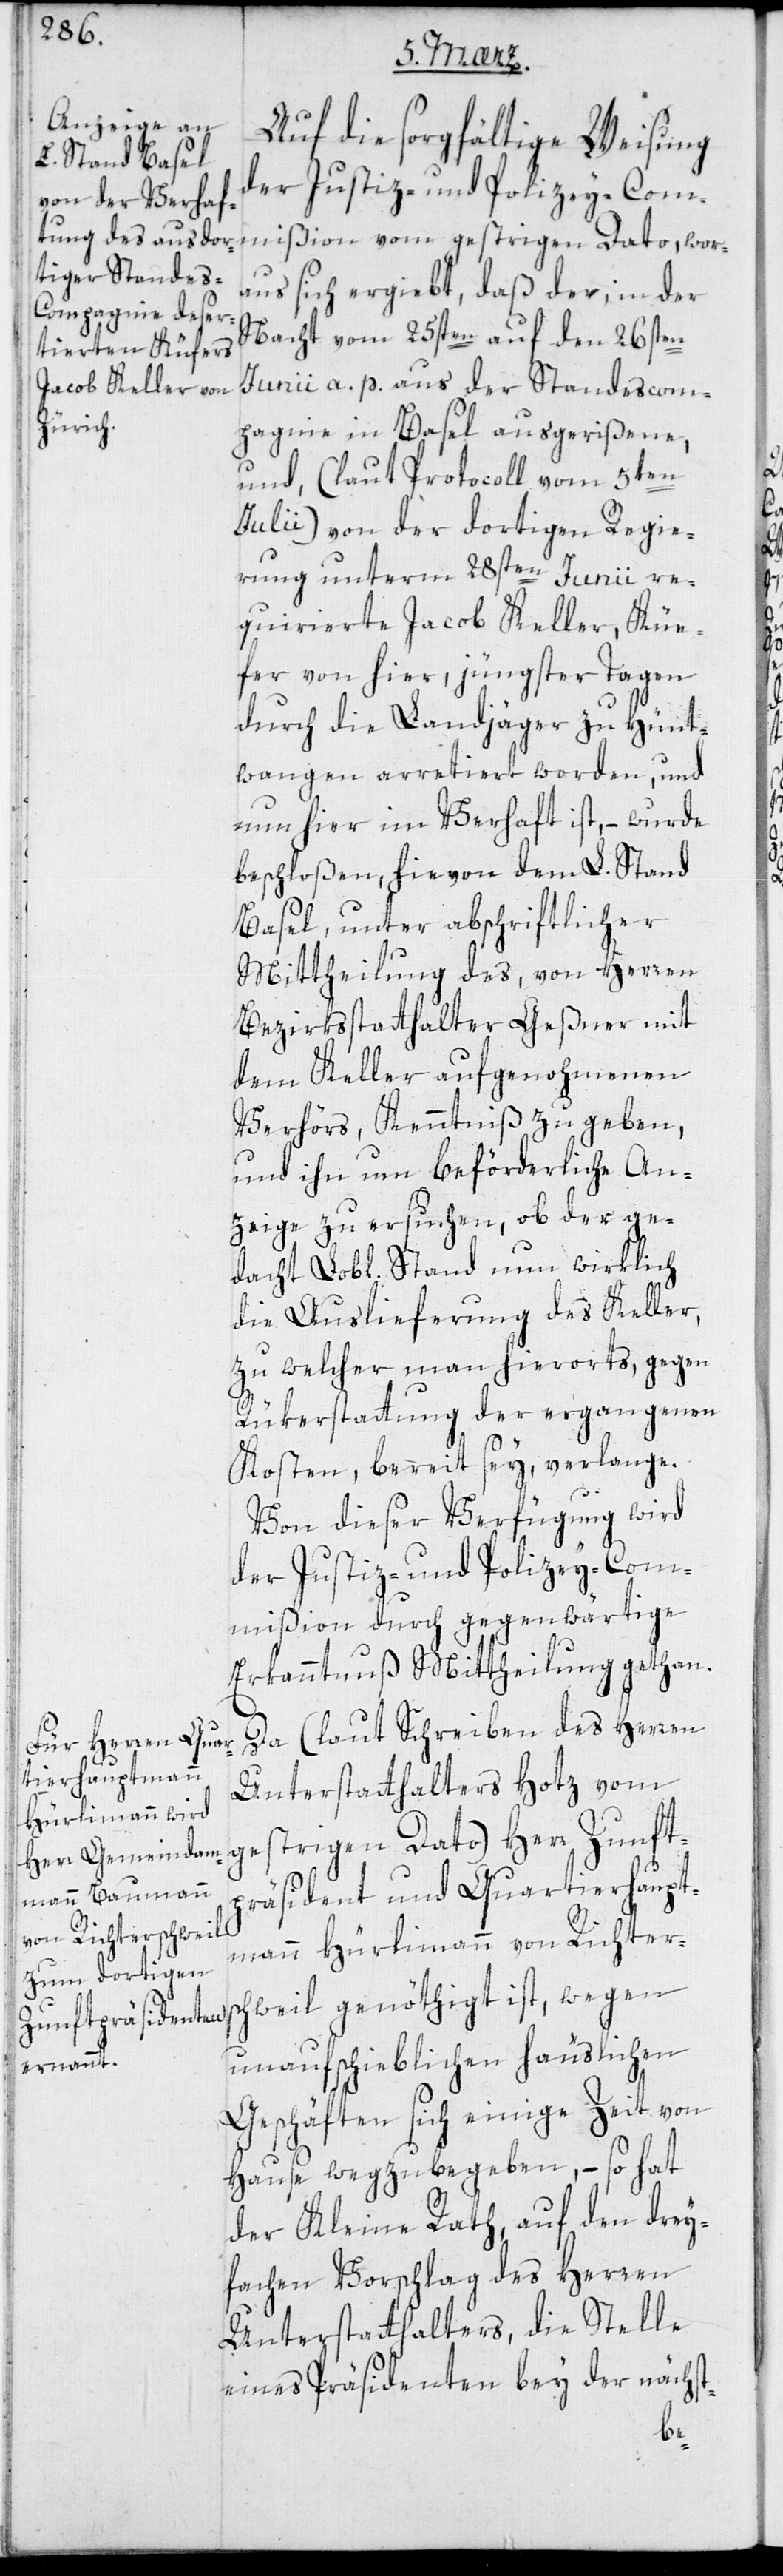
Auf die sorgfältige Weisung
der Justiz- und Polizey-Com¬
mißion vom gestrigen Dato, wor¬
aus sich ergiebt, daß der in der
Nacht vom 25sten auf den 26sten
Junii a. p. aus der Standescom¬
pagnie in Basel ausgerißene,
und (laut Protocoll vom 5ten
Julii) von der dortigen Regie¬
rung unterm 28sten Junii re¬
quirierte Jacob Keller, Küe¬
fer von hier, jüngster Tagen
durch die Landjäger zu Hünt¬
wangen arretiert worden, und
nun hier im Verhaft ist, – wurde
beschloßen, hievon dem L. Stand
Basel, unter abschriftlicher
Mittheilung des, von Herren
Bezirksstatthalter Geßner mit
dem Keller aufgenohmenen
Verhörs, Kenntniß zu geben,
und ihn um beförderliche An¬
zeige zu ersuchen, ob der ge¬
dacht Lob[liche] Stand nun wirklich
die Auslieferung des Keller,
zu welcher man hierorts gegen
Rükerstattung der ergangenen
Kosten, bereit sey, verlange.
Von dieser Verfügung wird
der Justiz- und Polizey-Com¬
mißion durch gegenwärtige
Erkanntnuß Mittheilung gethan.
Da (laut Schreiben des Herren
Unterstatthalters Hotz vom
gestrigen Dato) Herr Zunft¬
präsident und Quartierhaupt¬
mann Hürlimann von Richters¬
chweil genöthigt ist, wegen
unaufschieblichen häuslichen
Geschäften sich einige Zeit von
Hause wegzubegeben, – so hat
der Kleine Rath auf den drey¬
fachen Vorschlag des Herren
Unterstatthalters, die Stelle
eines Präsidenten bey der nächst-